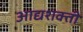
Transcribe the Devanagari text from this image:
आद्यशक्ती